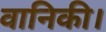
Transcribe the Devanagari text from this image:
वानिकी।